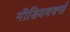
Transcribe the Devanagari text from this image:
मीडियवर्क्स